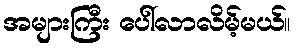
အများကြီး ပေါ်လာလိမ့်မယ်။